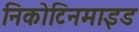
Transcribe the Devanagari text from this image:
निकोटिनमाइड